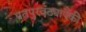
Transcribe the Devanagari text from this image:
पतपुरवठ्यापैकी